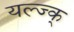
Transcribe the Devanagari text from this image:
यल्ज्क्